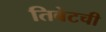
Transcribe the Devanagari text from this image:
तिबेटची